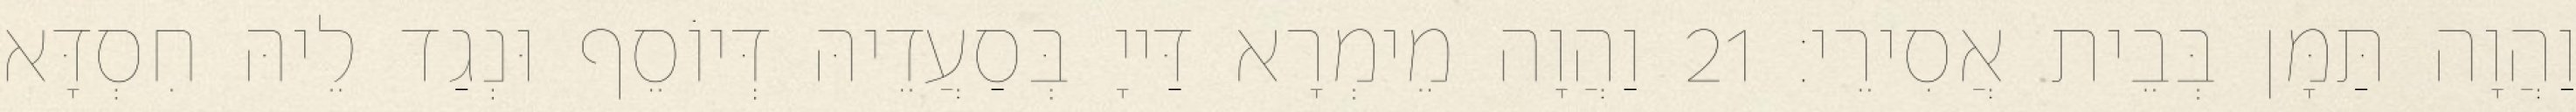
וַהֲוָה תַּמָּן בְּבֵית אֲסִירֵי׃ 21 וַהֲוָה מֵימְרָא דַּייָ בְּסַעֲדֵיהּ דְּיוֹסֵף וּנְגַד לֵיהּ חִסְדָּא